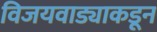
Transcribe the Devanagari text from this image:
विजयवाड्याकडून